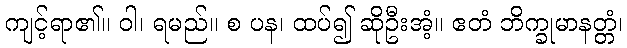
ကျင့်ရာ၏။ ဝါ၊ ရမည်။ စ ပန၊ ထပ်၍ ဆိုဦးအံ့။ ဧတံ ဘိက္ခုမာနတ္တံ၊